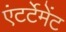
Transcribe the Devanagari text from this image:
एंटर्टेमेंट